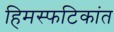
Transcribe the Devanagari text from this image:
हिमस्फटिकांत